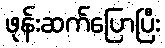
ဖုန်းဆက်ပြောပြီး